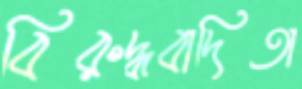
বিরুদ্ধবাদিতা